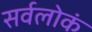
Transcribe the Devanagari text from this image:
सर्वलोकं